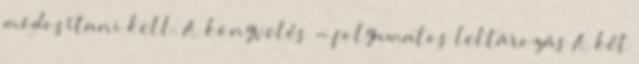
módosítani kell. A könyvelés - folyamatos leltározás A két